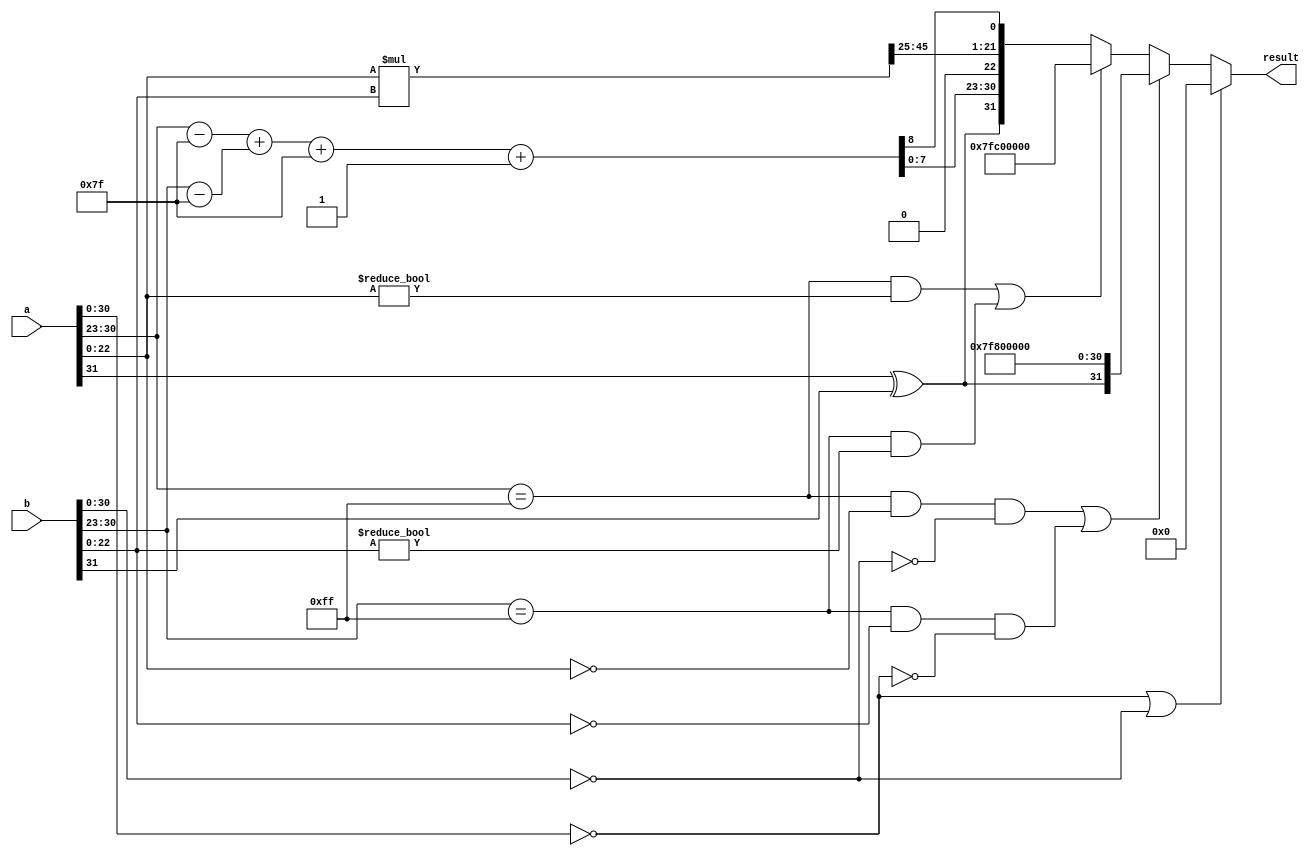
module floating_point_multiplier (
    input  wire [31:0] a,    // First floating-point number
    input  wire [31:0] b,    // Second floating-point number
    output wire [31:0] result // Result of multiplication
);

    // Extract sign, exponent, and mantissa
    wire sign_a = a[31];
    wire sign_b = b[31];
    
    wire [7:0] exponent_a = a[30:23];
    wire [7:0] exponent_b = b[30:23];
    
    wire [22:0] mantissa_a = {1'b1, a[22:0]}; // implicit leading 1
    wire [22:0] mantissa_b = {1'b1, b[22:0]}; // implicit leading 1

    // Calculate the sign of the result
    wire sign_result = sign_a ^ sign_b;

    // Exponent calculation
    wire signed [8:0] biased_exponent_a = exponent_a - 8'd127; // Subtract bias
    wire signed [8:0] biased_exponent_b = exponent_b - 8'd127; // Subtract bias
    wire signed [8:0] exponent_result = biased_exponent_a + biased_exponent_b + 8'd127; // Add bias back

    // Mantissa multiplication
    wire [47:0] mantissa_result = mantissa_a * mantissa_b; // 23 + 23 bits -> 47 bits

    // Normalization
    wire [23:0] normalized_mantissa;
    wire [7:0] final_exponent;
    wire is_normalized = mantissa_result[47]; 

    // Check for normalization
    assign {normalized_mantissa, final_exponent} = is_normalized ? 
        {mantissa_result[46:24], exponent_result} : 
        {mantissa_result[46:25], exponent_result + 1'b1}; // Shift right

    // Handle special cases
    wire is_zero_a = (a[30:0] == 31'b0);
    wire is_zero_b = (b[30:0] == 31'b0);
    wire is_inf_a = (a[30:23] == 8'hFF) && (a[22:0] == 23'b0);
    wire is_inf_b = (b[30:23] == 8'hFF) && (b[22:0] == 23'b0);
    wire is_nan_a = (a[30:23] == 8'hFF) && (a[22:0] != 23'b0);
    wire is_nan_b = (b[30:23] == 8'hFF) && (b[22:0] != 23'b0);
    
    // Result handling
    assign result = (is_zero_a || is_zero_b) ? 32'b0 :
                    (is_inf_a && !is_zero_b) || (is_inf_b && !is_zero_a) ? 
                    {sign_result, 8'hFF, 23'b0} : 
                    (is_nan_a || is_nan_b) ? 32'h7FC00000 : // NaN
                    {sign_result, final_exponent, normalized_mantissa[22:0]};

endmodule